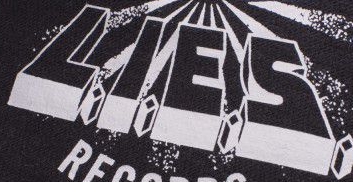
L.I.E.S.